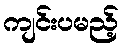
ကျင်းပမည့်